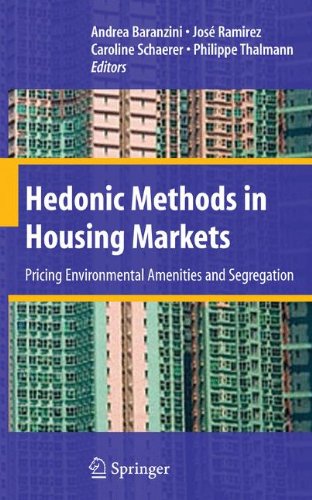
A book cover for Hedonic Methods in Housing Markets: Pricing Environmental Amenities and Segregation; Business & Money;